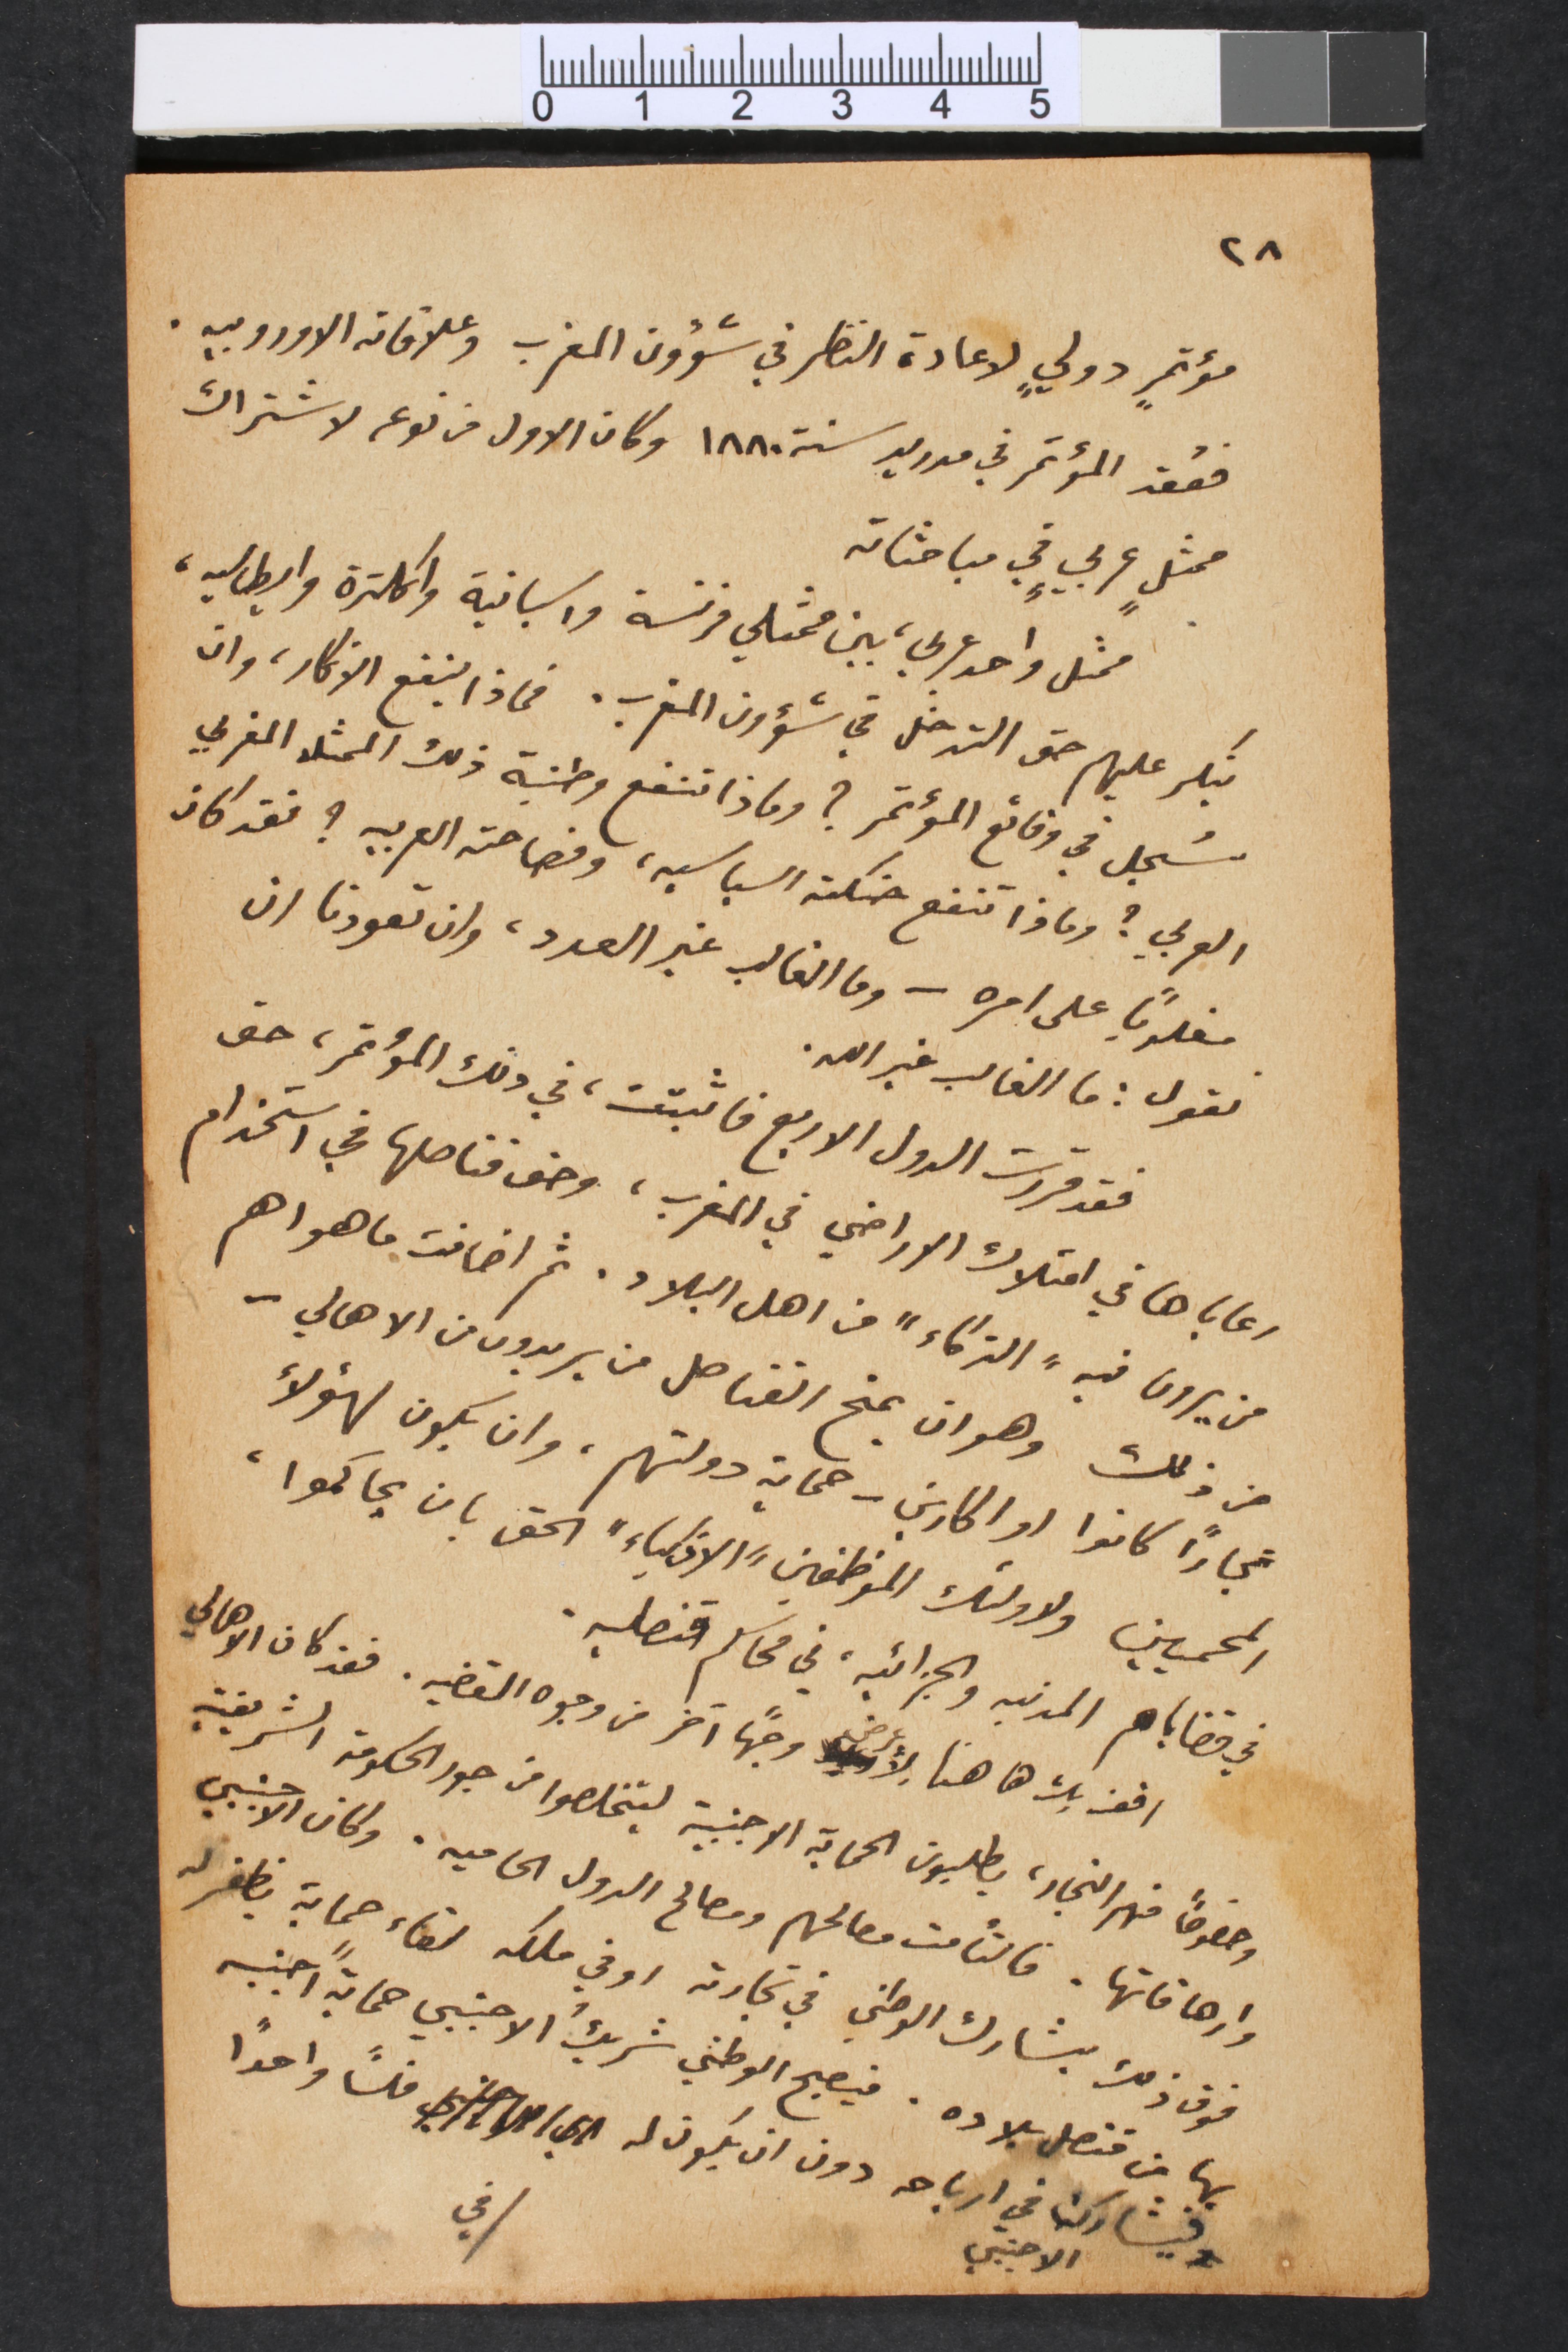
٢٨
مؤتمرٍ دوليٍ لاعادة النظر في شؤون المغرب وعلاقاته الاوروبيه.
فعُقد المؤتمر في مدريد سنة ١٨٨٠ وكان الاول من نوعه لاشتراك
ممثلٍ عربيٍ في مباحثاته.
ممثل واحد عربي، بين ممثلي فرنسة واسبانية وانكلترة وايطاليه،
ينكر عليهم حق التدخل في شؤون المغرب. فماذا ينفع الانكار، وان
سُجل في وقائع المؤتمر؟ وماذا تنفع وطنية ذلك الممثل المغربي
العربي؟ وماذا تنفع حنكته السياسيه، وفصاحته العربيه؟ فقد كان
مغلوباً على امره – وما الغالب غير العدد، وان تعودنا ان
نقول: ما الغالب غير الله.
فقد قررت الدول الاربع فاثبتت، في ذلك المؤتمر، حق
رعاياها في امتلاك الاراضي في المغرب، وحق قناصلها في استخدام
من يرون فيه، الذكاء " من اهل البلاد، ثم اضافت ما هو اهم
من ذلك وهو ان يمنح القناصل من يريدون من الاهالي –
تجاراً كانوا او اكارين – حماية دولتهم، وان يكون لهؤلاء
المحميين ولاولئك الموظفين "الاذكياء" الحق بان يحاكموا،
في قضاياهم المدنيه والجزائيه،  في محاكم قنصليه.
اقف بك ها هنا لأعرض وجهاً آخر من وجوه القضيه. فقد كان الاهالي
وخصوصاً منهم التجار، يطلبون الحماية الاجنبية ليتخلصوا من جور الحكومة الشريفية
وارهاقاتها. فالتأمت مصالحهم ومصالح الدول الحاميه. وكان الاجنبي
فوق ذلك يشارك الوطني في تجارته او في ملكه لقاء حماية يظفر له
بها من قنصل بلاده. فيصبح الوطني شريكُ الاجنبي حمايةً اجنبيه
فيشارك في ارباحه دون ان يكون له فلساً واحداً
في
الاجنبي